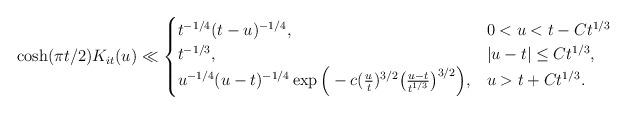
LaTeX: \begin{align*} \cosh(\pi t/2) K_{it}(u) \ll \begin{cases} t^{-1/4} (t -u)^{-1/4}, & 0 < u < t - C t^{1/3} \\ t^{-1/3}, & |u-t| \leq C t^{1/3}, \\ u^{-1/4} (u -t)^{-1/4} \exp\Big(- c (\frac{u}{t})^{3/2} \big(\frac{u-t}{t^{1/3}}\big)^{3/2} \Big), & u > t + C t^{1/3}. \end{cases}\end{align*}